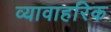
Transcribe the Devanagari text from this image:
व्यावाहरिक